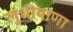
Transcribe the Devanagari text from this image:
लुधीयाणा